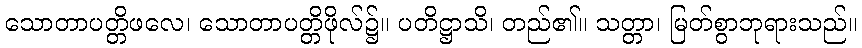
သောတာပတ္တိဖလေ၊ သောတာပတ္တိဖိုလ်၌။ ပတိဋ္ဌာသိ၊ တည်၏။ သတ္တာ၊ မြတ်စွာဘုရားသည်။